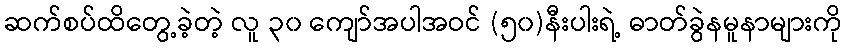
ဆက်စပ်ထိတွေ့ခဲ့တဲ့ လူ ၃၀ ကျော်အပါအဝင် (၅၀)နီးပါးရဲ့ ဓာတ်ခွဲနမူနာများကို